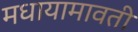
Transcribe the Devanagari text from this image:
मधायामावती